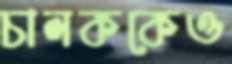
চালককেও